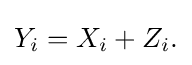
Y_{i}=X_{i}+Z_{i}.\,\!